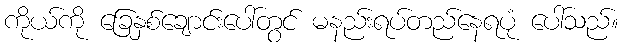
ကိုယ်ကို ခြေနှစ်ချောင်းပေါ်တွင် မနည်းရပ်တည်နေရပုံ ပေါ်သည်။